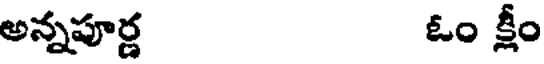
అన్నపూర్ణ ఓం క్షీం